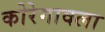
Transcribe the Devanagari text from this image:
कोरेगावला